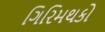
ગિરિમથકો